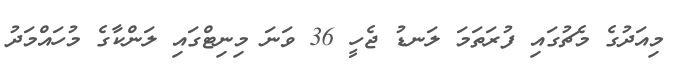
މިއަދުގެ މެޗުގައި ފުރަތަމަ ލަނޑު ޖެހީ 36 ވަނަ މިނިޓްގައި ލަންކާގެ މުހައްމަދު